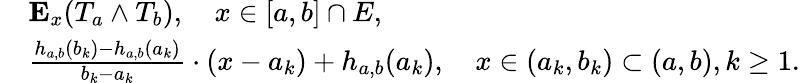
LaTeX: \begin{array}{rl}&{\mathbf{E}_{x}(T_{a}\wedge T_{b}),\quad x\in[a,b]\cap E,}\\ &{\frac{h_{a,b}(b_{k})-h_{a,b}(a_{k})}{b_{k}-a_{k}}\cdot(x-a_{k})+h_{a,b}(a_{k}),\quad x\in(a_{k},b_{k})\subset(a,b),k\geq 1.}\end{array}